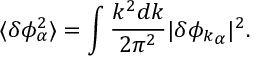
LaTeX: \langle \delta \phi _ { \alpha } ^ { 2 } \rangle = \int \frac { k ^ { 2 } d k } { 2 \pi ^ { 2 } } | { \delta \phi _ { k } } _ { \alpha } | ^ { 2 } .